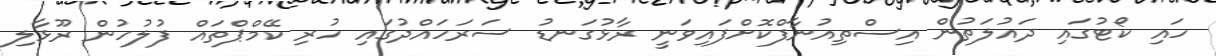
ހައި ކޯޓުގައި ދައުލަތުން އިސްތިއުނާފްކޮށްފައިވަނީ ރާޅުގަނޑު ސަރަހައްދުގައި ހުރި ކޭމްޕްތައް ފުލުހުން ރޫޅާލި